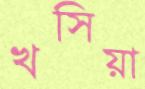
খসিয়া